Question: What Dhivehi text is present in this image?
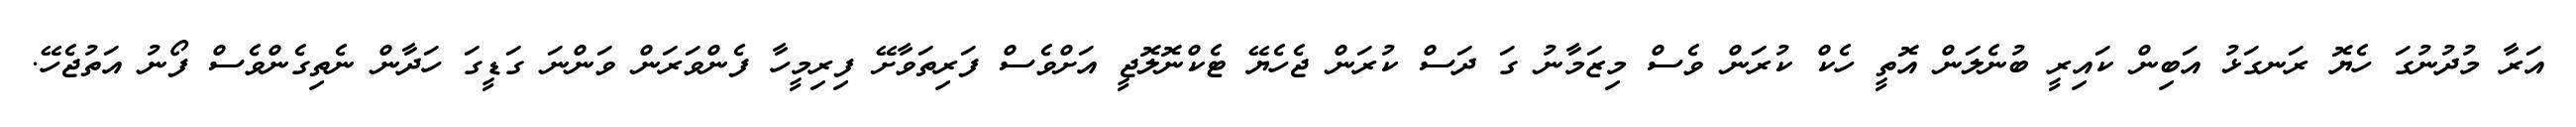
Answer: އަރާ މުދުނުގަ ހެޔޮ ރަނގަޅު އަބިން ކައިރީ ބުނެލަން އޮތީ ހެކް ކުރަން ވެސް މިޒަމާނު ގަ ދަސް ކުރަން ޖެހެޔޭ ޓެކްނޮލޮޖީ އަށްވެސް ފަރިތަވާށޭ ފިރިމީހާ ފެންވަރަން ވަންނަ ގަޑީގަ ހަދާން ނެތިގެންވެސް ފޯނު އަތުޖެހޭ.